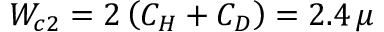
W _ { c 2 } = 2 \left( C _ { H } + C _ { D } \right) = 2 . 4 \, \mu